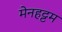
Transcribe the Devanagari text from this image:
मेनहट्टम